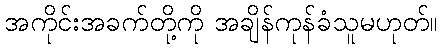
အကိုင်းအခက်တို့ကို အချိန်ကုန်ခံသူမဟုတ်။